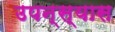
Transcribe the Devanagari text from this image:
उपन्स्यास